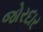
જોરદાર